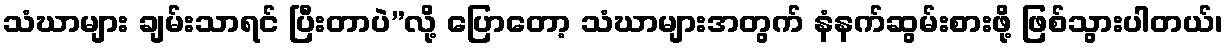
သံဃာများ ချမ်းသာရင် ပြီးတာပဲ”လို့ ပြောတော့ သံဃာများအတွက် နံနက်ဆွမ်းစားဖို့ ဖြစ်သွားပါတယ်၊